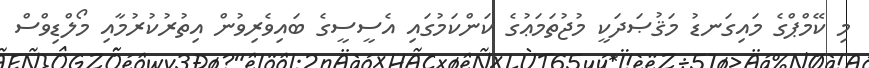
މި ކޭމްޕްގެ މައިގަނޑު މަޤުޞަދަކީ މުޖުތަމަޢުގެ ކަންކަމުގައި އެސީސީގެ ބައިވެރިވުން އިތުރުކުރުމާއި މޯލްޑިވްސް